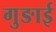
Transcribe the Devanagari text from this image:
गुङाई